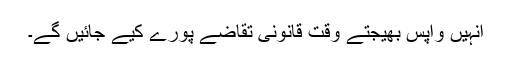
انہیں واپس بھیجتے وقت قانونی تقاضے پورے کیے جائیں گے۔